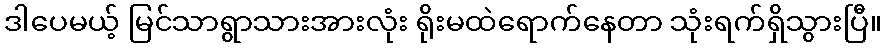
ဒါပေမယ့် မြင်သာရွာသားအားလုံး ရိုးမထဲရောက်နေတာ သုံးရက်ရှိသွားပြီ။